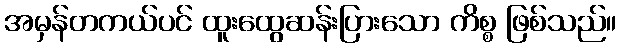
အမှန်တကယ်ပင် ထူးထွေဆန်းပြားသော ကိစ္စ ဖြစ်သည်။